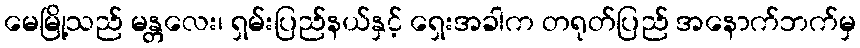
မေမြို့သည် မန္တလေး၊ ရှမ်းပြည်နယ်နှင့် ရှေးအခါက တရုတ်ပြည် အနောက်ဘက်မှ